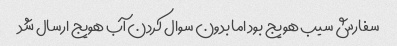
سفارش سیب هویج بود اما بدون سوال کردن آب هویج ارسال شد